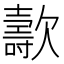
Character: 𣤫